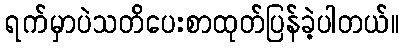
ရက်မှာပဲသတိပေးစာထုတ်ပြန်ခဲ့ပါတယ်။